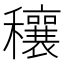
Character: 穰